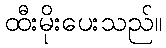
ထီးမိုးပေးသည်။